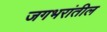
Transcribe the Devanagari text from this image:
जगभरांतील